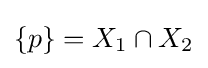
\{p\}=X_{1}\cap X_{2}